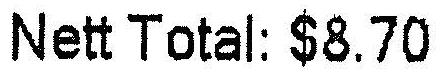
NETT TOTAL: $8.70